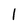
Character: 1